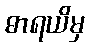
ဓာရယိမှ